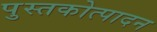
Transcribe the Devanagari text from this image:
पुस्तकोत्पादन